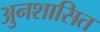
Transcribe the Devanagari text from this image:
अुनशासित